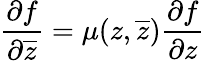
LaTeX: \frac{\partial f}{\partial\overline{{z}}}=\mu(z,\overline{{z}})\frac{\partial f}{\partial z}